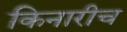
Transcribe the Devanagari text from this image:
किनारीच